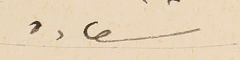
سعاده